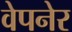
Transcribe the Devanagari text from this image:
वेपनेर